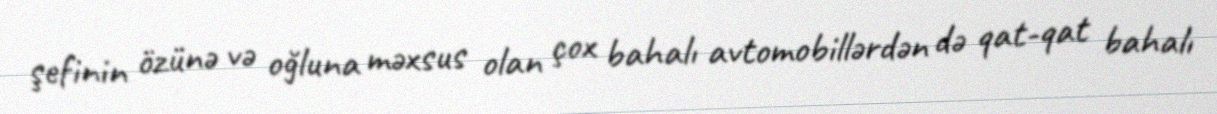
şefinin özünə və oğluna məxsus olan çox bahalı avtomobillərdən də qat-qat bahalı